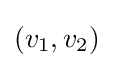
\left(v_{1},v_{2}\right)